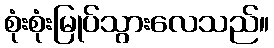
စုံးစုံးမြုပ်သွားလေသည်။